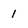
Character: 1